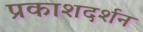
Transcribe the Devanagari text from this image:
प्रकाशदर्शन